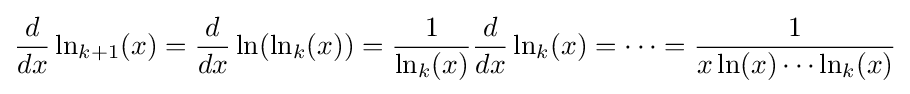
{\frac {d}{dx}}\ln _{k+1}(x)={\frac {d}{dx}}\ln(\ln _{k}(x))={\frac {1}{\ln _{k}(x)}}{\frac {d}{dx}}\ln _{k}(x)=\cdots ={\frac {1}{x\ln(x)\cdots \ln _{k}(x)}}